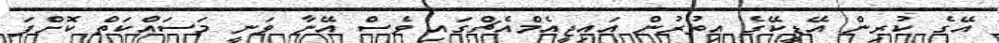
އޭގެ ކުރިން އޭޑީކޭގެ އިތުރުން އައިޖީއެމްއެޗްގައި ވެސް އޭނާ ވަނީ މަސައްކަތް ކޮށްފަ